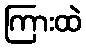
ကြားထဲ